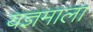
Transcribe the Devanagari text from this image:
यज्ञमाला